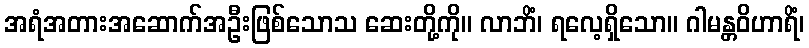
အရံအတားအဆောက်အဦးဖြစ်သောသ ဆေးတို့ကို။ လာဘိံ၊ ရလေ့ရှိသော။ ဂါမန္တဝိဟာရိံ၊